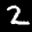
Label: 2